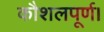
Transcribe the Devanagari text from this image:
कौशलपूर्ण।